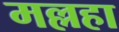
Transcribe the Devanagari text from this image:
मल्लहा